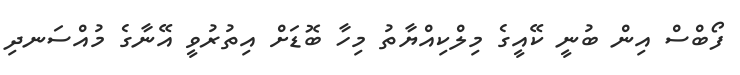
ފޯބްސް އިން ބުނީ ކޭއީގެ މިލްކިއްޔާތު މިހާ ބޮޑަށް އިތުރުވީ އޭނާގެ މުއްސަނދި